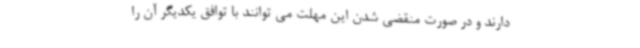
دارند و در صورت منقضی شدن این مهلت می توانند با توافق یکدیگر آن را